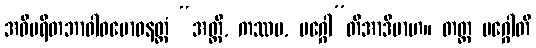
အဝိပရီတဘာဝါဝဗောဓနတ္ထံ “အတ္ထိ, ကဿပ, မဂ္ဂေါ”တိအာဒိမာဟ။ တတ္ထ မဂ္ဂေါတိ